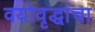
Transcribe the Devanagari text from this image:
वयोवृद्धांचा